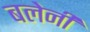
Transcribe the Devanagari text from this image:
बलेनी